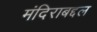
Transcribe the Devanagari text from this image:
मंदिराबद्दल